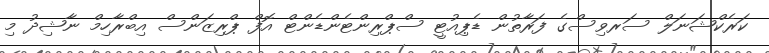
ކަރެކްޝަނަލް ސަރވިސްގެ ފަރާތުން ޑެޕިއުޓީ ސްޕްރިންޓެންޑެންޓް އޮފް ޕްރިޒަންސް އިބްރާހިމް ނާޝިދު މި